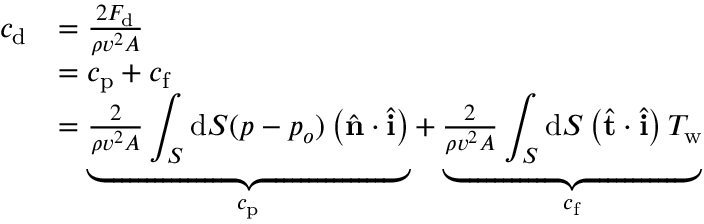
{ \begin{array} { r l } { c _ { \mathrm { d } } } & { = { \frac { 2 F _ { \mathrm { d } } } { \rho v ^ { 2 } A } } } \\ & { = c _ { \mathrm { p } } + c _ { \mathrm { f } } } \\ & { = \underbrace { { \frac { 2 } { \rho v ^ { 2 } A } } \displaystyle \int _ { S } \mathrm { d } S ( p - p _ { o } ) \left( { \hat { \mathbf { n } } } \cdot { \hat { \mathbf { i } } } \right) } _ { c _ { \mathrm { p } } } + \underbrace { { \frac { 2 } { \rho v ^ { 2 } A } } \displaystyle \int _ { S } \mathrm { d } S \left( { \hat { \mathbf { t } } } \cdot { \hat { \mathbf { i } } } \right) T _ { \mathrm { { w } } } } _ { c _ { \mathrm { f } } } } \end{array} }